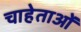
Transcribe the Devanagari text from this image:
चाहेताओं